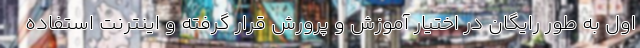
اول به طور رایگان در اختیار آموزش و پرورش قرار گرفته و اینترنت استفاده